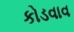
કોડવાવ